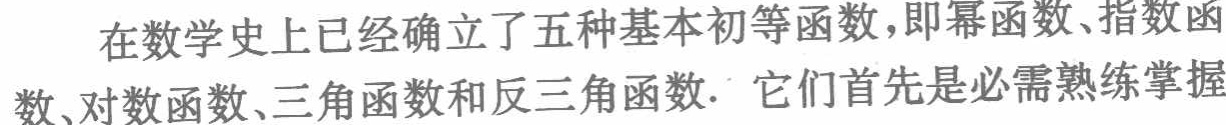
在数学史上已经确立了五种基本初等函数，即幂函数、指数函数、对数函数、三角函数和反三角函数. 它们首先是必需熟练掌握